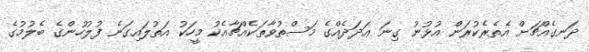
ދަނގެއްޗަށް އެތެރެކުރަން އުޅުނު ގިނަ ޢަދަދެއްގެ މަސްތުވާތަކެއްޗާއެކު މީހަކު އަތުލައިގަނެ ފުލުހުންގެ ބެލުމުގެ